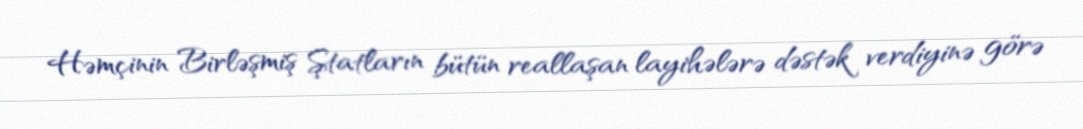
Həmçinin Birləşmiş Ştatların bütün reallaşan layihələrə dəstək verdiyinə görə